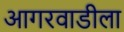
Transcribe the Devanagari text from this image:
आगरवाडीला